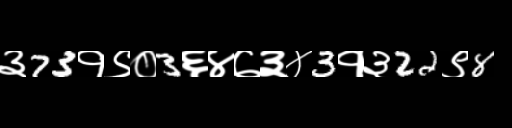
Text: ३73१९०3६४७३४3१३22९8